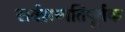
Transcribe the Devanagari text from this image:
सर्वसम्मतिपूर्वक